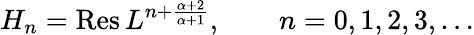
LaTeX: H_{n}=\mathrm{Res}\, L^{n+{\frac{\alpha+2}{\alpha+1}}},\qquad n=0,1,2,3,\dots